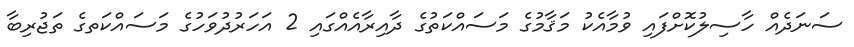
ސަނަދެއް ހާސިލުކޮށްފައި ވުމާއެކު މަޤާމުގެ މަސައްކަތުގެ ދާއިރާއެއްގައި 2 އަހަރުދުވަހުގެ މަސައްކަތގެ ތަޖުރިބާ